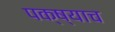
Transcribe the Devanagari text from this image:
पक्ष्याच